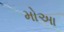
મોઆ